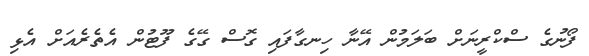
ފޯނުގެ ސްކްރީނަށް ބަލަމުން އޭނާ ހިނގާފައި ގޮސް ގޭގެ ފޫޓުން އެތެރެއަށް އެޅި